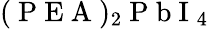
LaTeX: (\mathrm{~P~E~A~})_{2}\mathrm{~P~b~I~}_{4}